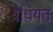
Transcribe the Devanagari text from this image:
बेधियत